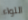
اللواء